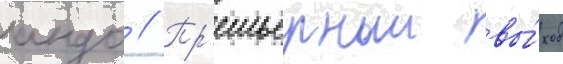
андо // Пр'емьерныи вы́ход